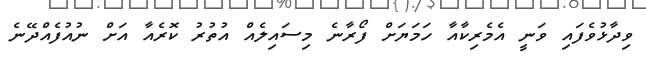
ވިދާޅުވެފައި ވަނީ އެމެރިކާއާ ހަމަޔަށް ފޯރާނެ މިސައިލެއް އުތުރު ކޮރެއާ އަށް ނުއުފެއްދޭނެ